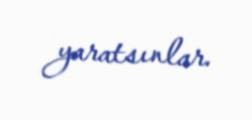
yaratsınlar.